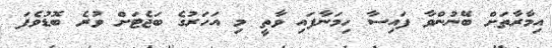
އިމާރާތަށް ބޭނުންވާ ފައިސާ ހިމަނާފައި ވާތީ މި އަހަރުގެ ބަޖެޓަށް ވުރެ ބޮޑުވެފަ